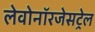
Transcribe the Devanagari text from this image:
लेवोनॉरजेसट्रेल